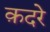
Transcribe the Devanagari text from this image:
क़दरे